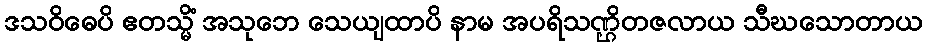
ဒသဝိဓေပိ ဧတသ္မိံ အသုဘေ သေယျထာပိ နာမ အပရိသဏ္ဌိတဇလာယ သီဃသောတာယ